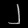
Digit: ၂